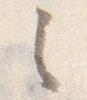
之